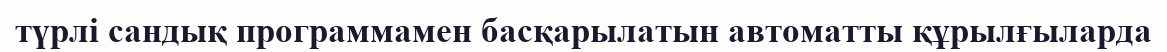
түрлі сандық программамен басқарылатын автоматты құрылғыларда